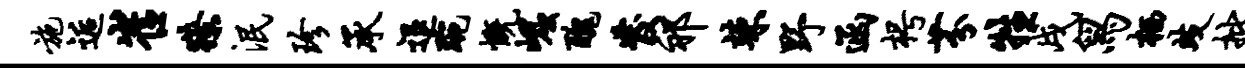
施逅崔獠泯珍承退琬慨崛丑发祁竦野函枵芬牲戌舄栖歧批